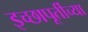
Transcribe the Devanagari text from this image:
इच्छापूर्तीच्या